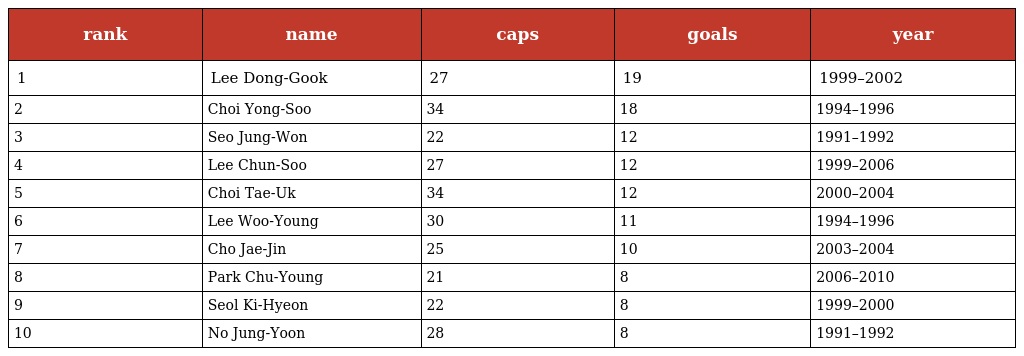
| rank | name | caps | goals | year |
 | --- | --- | --- | --- | --- |
 | 1 | Lee Dong-Gook | 27 | 19 | 1999–2002 |
 | 2 | Choi Yong-Soo | 34 | 18 | 1994–1996 |
 | 3 | Seo Jung-Won | 22 | 12 | 1991–1992 |
 | 4 | Lee Chun-Soo | 27 | 12 | 1999–2006 |
 | 5 | Choi Tae-Uk | 34 | 12 | 2000–2004 |
 | 6 | Lee Woo-Young | 30 | 11 | 1994–1996 |
 | 7 | Cho Jae-Jin | 25 | 10 | 2003–2004 |
 | 8 | Park Chu-Young | 21 | 8 | 2006–2010 |
 | 9 | Seol Ki-Hyeon | 22 | 8 | 1999–2000 |
 | 10 | No Jung-Yoon | 28 | 8 | 1991–1992 |